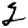
Digit: 2